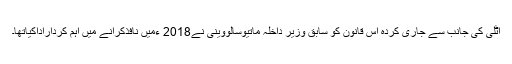
اٹلی کی جانب سے جاری کردہ اس قانون کو سابق وزیر داخلہ ماتیوسالووینی نے2018 ءمیں نافذکرانے میں اہم کرداراداکیاتھا۔